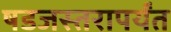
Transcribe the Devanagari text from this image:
षडजस्तरापर्यंत